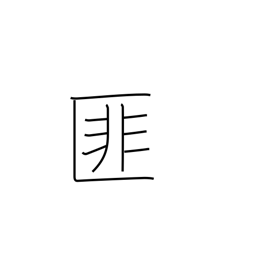
Meaning: negation